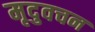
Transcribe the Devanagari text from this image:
मृदुवचन